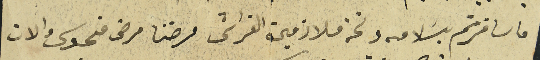
ما سافرتم بسَلامه ونحن ملازمين الفراش مرضنا مرض منحوس والان